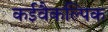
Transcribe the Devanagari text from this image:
कईवैकल्पिक